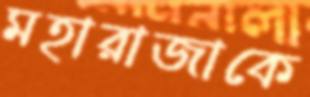
মহারাজাকে